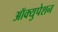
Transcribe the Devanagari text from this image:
ऑक्युपेशन